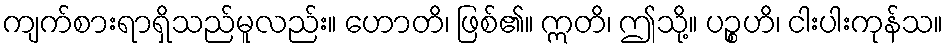
ကျက်စားရာရှိသည်မူလည်း။ ဟောတိ၊ ဖြစ်၏။ ဣတိ၊ ဤသို့။ ပဉ္စဟိ၊ ငါးပါးကုန်သ။